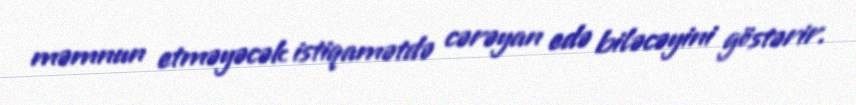
məmnun etməyəcək istiqamətdə cərəyan edə biləcəyini göstərir.